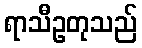
ရာသီဥတုသည်